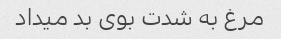
مرغ به شدت بوی بد میداد